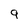
Character: 9